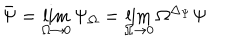
LaTeX: \bar { \Psi } = \lim _ { \Omega \to 0 } \Psi _ { \Omega } = \lim _ { \Omega \to 0 } \Omega ^ { \Delta _ { \Psi } } \Psi